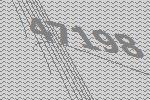
47198